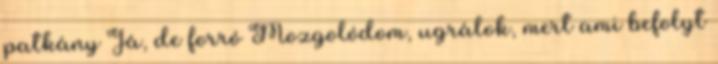
patkány Já, de forró Mozgolódom, ugrálok, mert ami befolyt